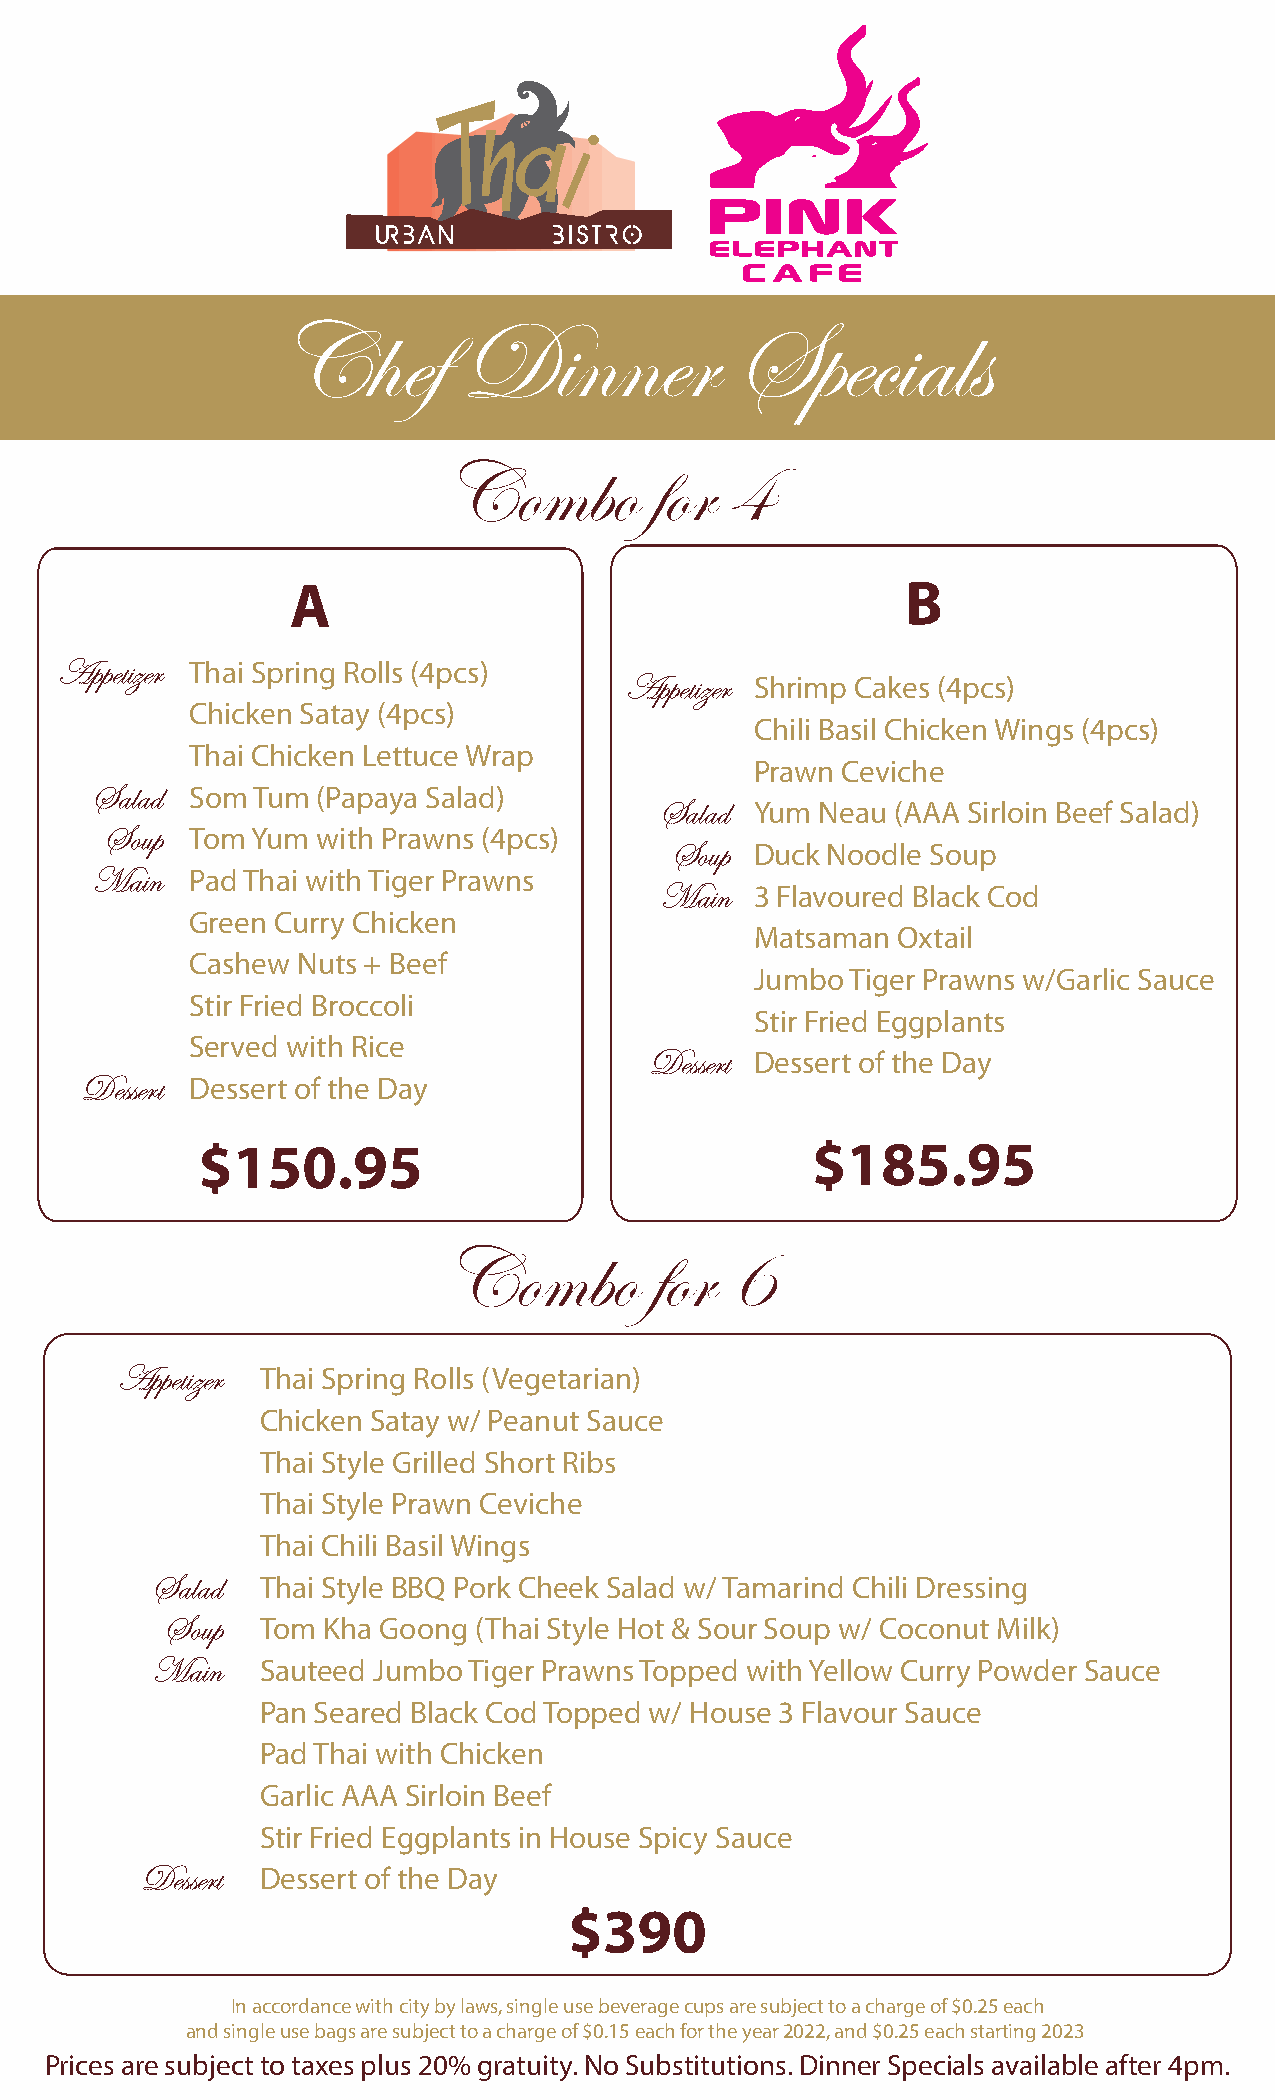
Chef         Dinner            Specials
 Combo         for  4
 A                                        B
 Appetizer Thai Spring Rolls (4pcs)
 Appetizer Shrimp Cakes (4pcs)
 Chicken Satay (4pcs)
 Chili Basil Chicken Wings (4pcs)
 Thai Chicken Lettuce Wrap
 Prawn Ceviche
 Salad  Som Tum (Papaya Salad)
 Salad Yum Neau (AAA Sirloin Beef Salad)
 Soup  Tom Yum with Prawns (4pcs)
 Soup  Duck Noodle Soup
 Main   Pad Thai with Tiger Prawns
 Main  3 Flavoured Black Cod
 Green Curry Chicken
 Matsaman Oxtail
 Cashew Nuts + Beef
 Jumbo Tiger Prawns w/Garlic Sauce
 Stir Fried Broccoli
 Stir Fried Eggplants
 Served with Rice
 Dessert Dessert of the Day
 Dessert Dessert of the Day
 $150.95                                  $185.95
 Combo         for  6
 Appetizer Thai Spring Rolls (Vegetarian)
 Chicken Satay w/ Peanut Sauce
 Thai Style Grilled Short Ribs
 Thai Style Prawn Ceviche
 Thai Chili Basil Wings
 Salad  Thai Style BBQ Pork Cheek Salad w/ Tamarind Chili Dressing
 Soup  Tom Kha Goong (Thai Style Hot & Sour Soup w/ Coconut Milk)
 Main   Sauteed Jumbo Tiger Prawns Topped with Yellow Curry Powder Sauce
 Pan Seared Black Cod Topped w/ House 3 Flavour Sauce
 Pad Thai with Chicken
 Garlic AAA Sirloin Beef
 Stir Fried Eggplants in House Spicy Sauce
 Dessert Dessert of the Day
 $390
 In accordance with city by laws, single use beverage cups are subject to a charge of $0.25 each
 and single use bags are subject to a charge of $0.15 each for the year 2022, and $0.25 each starting 2023
 Prices are subject to taxes plus 20% gratuity. No Substitutions. Dinner Specials available after 4pm.